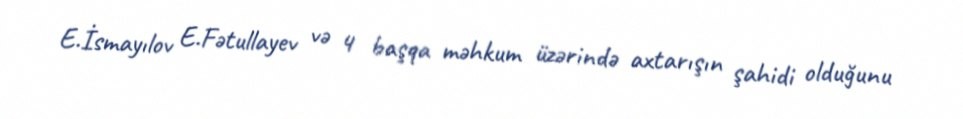
E.İsmayılov E.Fətullayev və 4 başqa məhkum üzərində axtarışın şahidi olduğunu